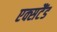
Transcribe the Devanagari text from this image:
एक्सटैंड